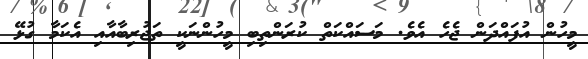
މީހުން އުފައްދަން ޖެހެ އެވެ. މަސައްކަތް ކުރަންތިބި މީހުންނަކީ ތަޖުރިބާއާއި އެކަމާ ގުޅޭ